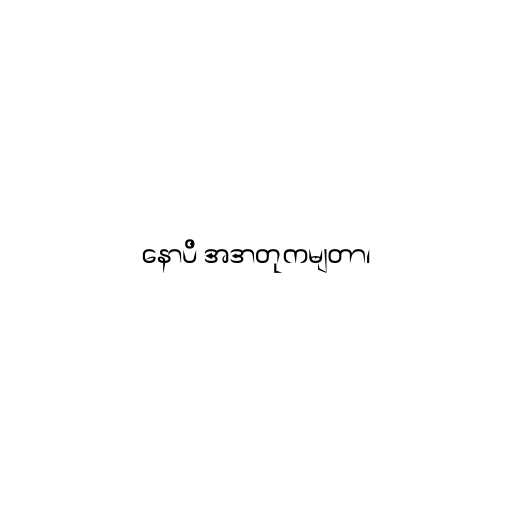
နောပိ အဒာတုကမျတာ၊